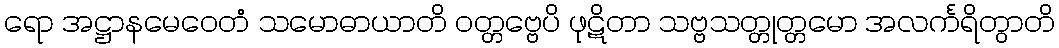
ရော အဋ္ဌာနမေဝေတံ သမောဓာယာတိ ဝတ္တဗ္ဗေပိ ဖုဋိတာ သဗ္ဗသတ္တုတ္တမော အလင်္ကရိတွာတိ